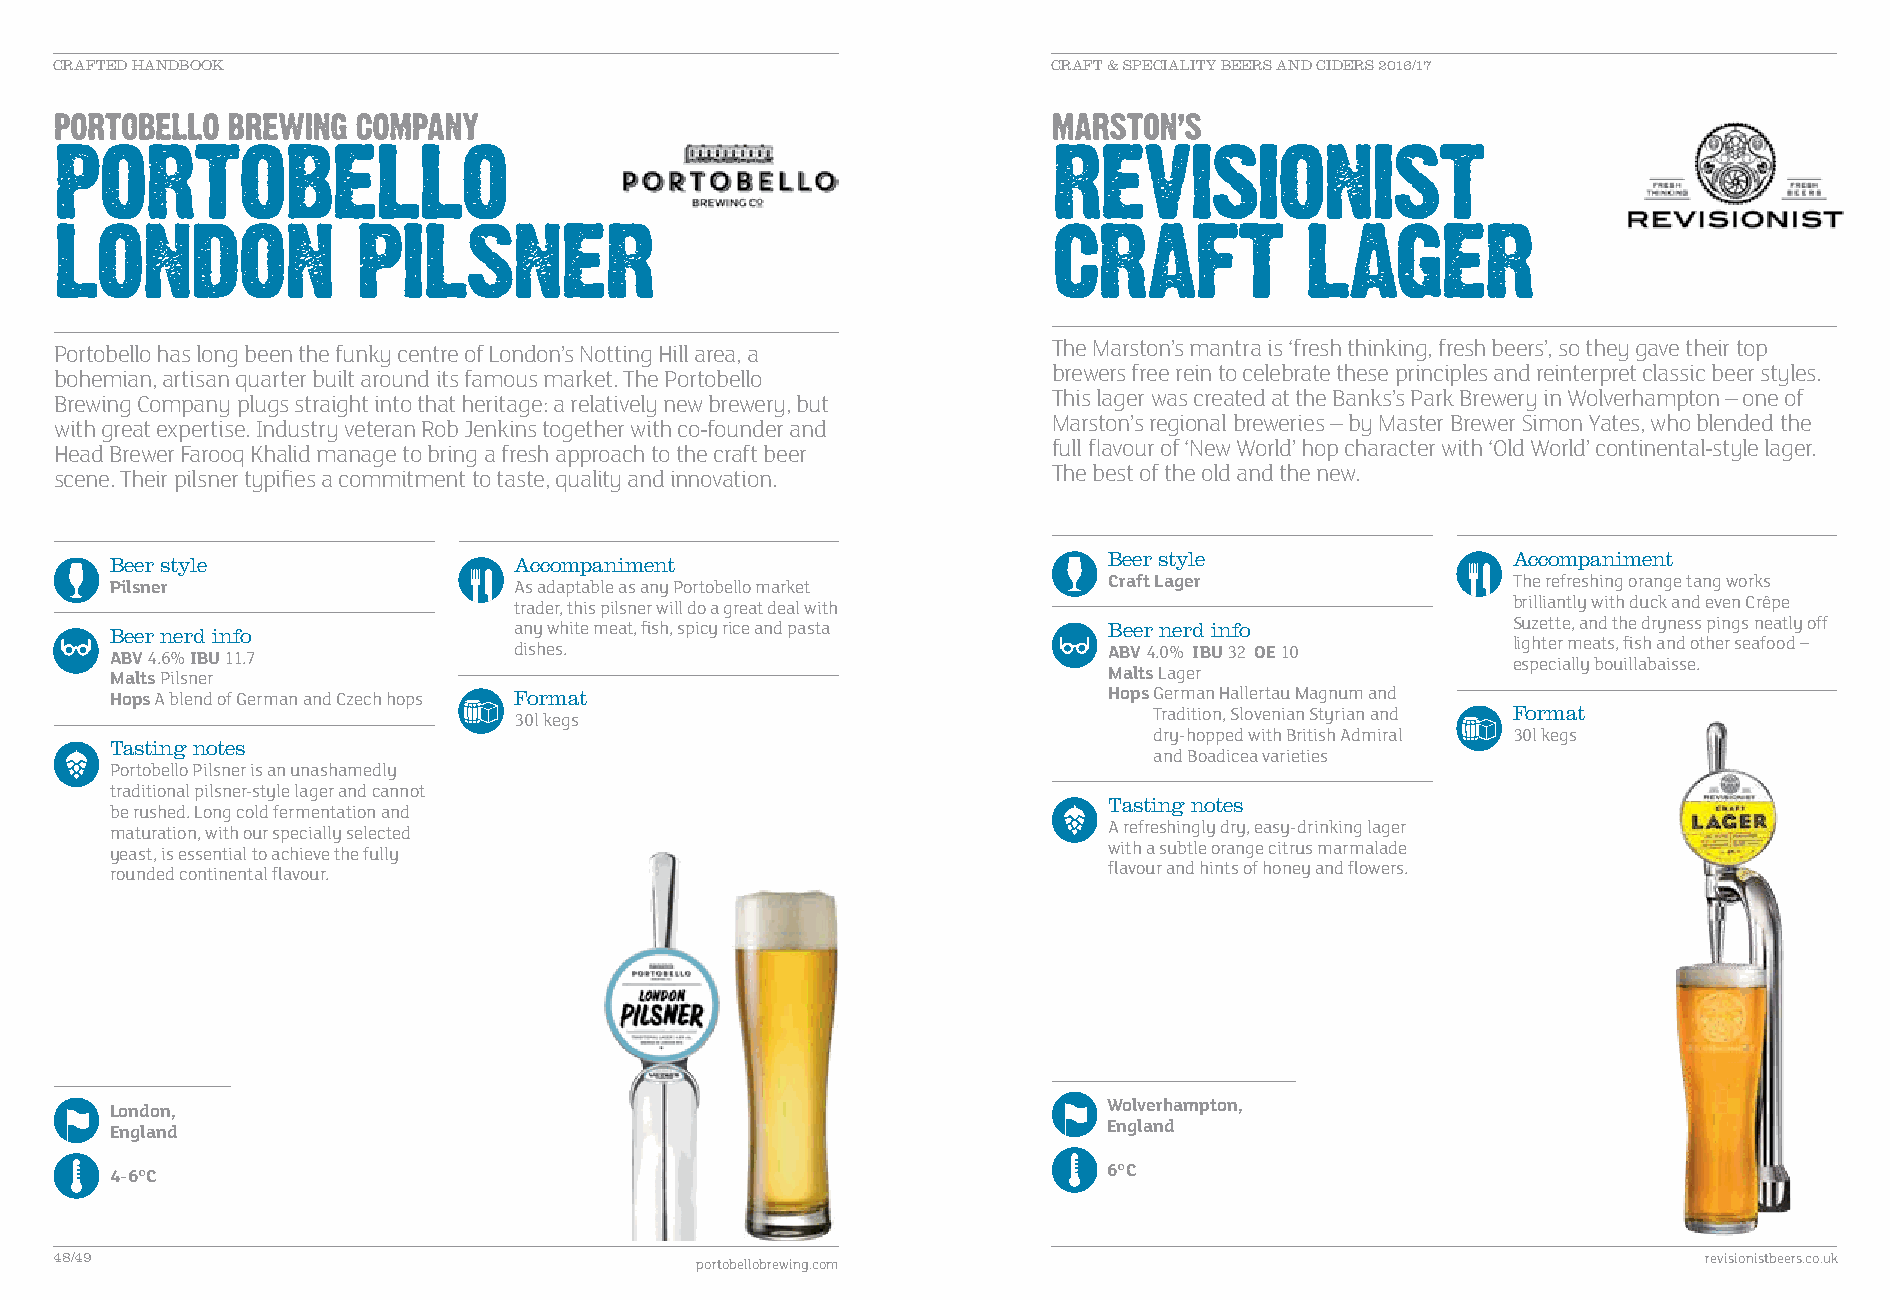
CRAFTED HANDBOOK                                                  CRAFT & SPECIALITY BEERS AND CIDERS 2016/17
 Portobello has long been the funky centre of London’s Notting Hill area, a The Marston’s mantra is ‘fresh thinking, fresh beers’, so they gave their top
 bohemian, artisan quarter built around its famous market. The Portobello brewers free rein to celebrate these principles and reinterpret classic beer styles.
 Brewing Company plugs straight into that heritage: a relatively new brewery, but This lager was created at the Banks’s Park Brewery in Wolverhampton – one of
 with great expertise. Industry veteran Rob Jenkins together with co-founder and Marston’s regional breweries – by Master Brewer Simon Yates, who blended the
 Head Brewer Farooq Khalid manage to bring a fresh approach to the craft beer full flavour of ‘New World’ hop character with ‘Old World’ continental-style lager.
 scene. Their pilsner typifies a commitment to taste, quality and innovation. The best of the old and the new.
 Beer style                 Accompaniment                          Beer style                 Accompaniment
 Pilsner                    As adaptable as any Portobello market  Craft Lager                The refreshing orange tang works
 trader, this pilsner will do a great deal with                    brilliantly with duck and even Crêpe
 Beer nerd info             any white meat, fish, spicy rice and pasta Beer nerd info         Suzette, and the dryness pings neatly off
 ABV 4.6% IBU 11.7          dishes.                                ABV 4.0% IBU 32 OE 10      lighter meats, fish and other seafood –
 especially bouillabaisse.
 Malts Pilsner                                                     Malts L ager
 Hops A blend of German and Czech hops F ormat                     Hops G erman Hallertau Magnum and
 30l kegs                                  Tradition, Slovenian Styrian and Format
 dry-hopped with British Admiral 30l kegs
 Tasting notes
 and Boadicea varieties
 Portobello Pilsner is an unashamedly
 traditional pilsner-style lager and cannot
 Tasting notes
 be rushed. Long cold fermentation and
 maturation, with our specially selected                           A refreshingly dry, easy-drinking lager
 yeast, is essential to achieve the fully                          with a subtle orange citrus marmalade
 rounded continental flavour.                                      flavour and hints of honey and flowers.
 London,                                                           W olverhampton,
 England                                                           England
 4-6°C                                                             6°C
 48/49                                     portobellobrewing.com                                              revisionistbeers.co.uk